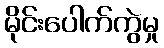
မိုင်းပေါက်ကွဲမှု